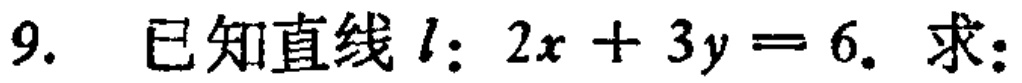
9. 已知直线\(l:2x + 3y = 6\). 求: